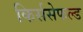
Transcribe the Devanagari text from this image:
किर्ससेफल्ड